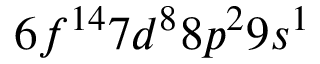
6 f ^ { 1 4 } 7 d ^ { 8 } 8 p ^ { 2 } 9 s ^ { 1 }